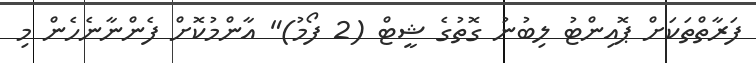
ފަރާތްތަކަށް ޕޮއިންޓު ލިބުނު ގޮތުގެ ޝީޓް (2 ފޯމު)" އާންމުކޮށް ފެންނާނެހެން މި